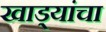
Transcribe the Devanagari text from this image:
खाड्यांचा